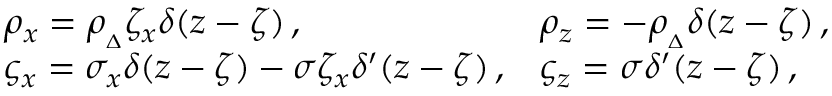
\begin{array} { l l } { \rho _ { x } = \rho _ { { } _ { \Delta } } \zeta _ { x } \delta ( z - \zeta ) \, , } & { \rho _ { z } = - \rho _ { { } _ { \Delta } } \delta ( z - \zeta ) \, , } \\ { \varsigma _ { x } = \sigma _ { x } \delta ( z - \zeta ) - \sigma \zeta _ { x } \delta ^ { \prime } ( z - \zeta ) \, , } & { \varsigma _ { z } = \sigma \delta ^ { \prime } ( z - \zeta ) \, , } \end{array}